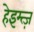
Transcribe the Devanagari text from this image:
हेइम्त्ज़